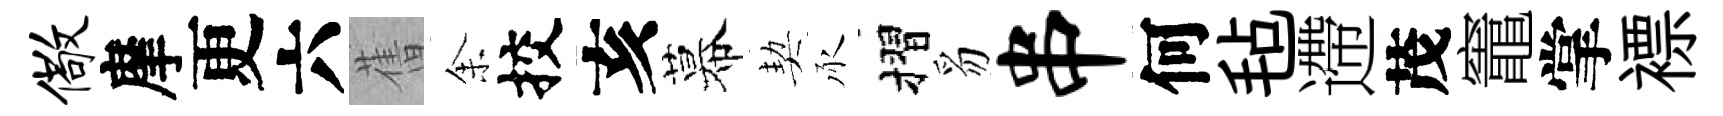
儆摩更六𦾔𪜬挍亥幕契承摺豸串何毡遰茂竈掌褾